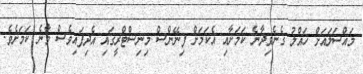
މައްސަލައަށް ހައްލު ގެނެވިދާނެ ކަމަށާއި އެކަމަށް ފިނޭންސް މިނިސްޓްރީގައި އެދިފައިވެސް ވާނެ ކަމަށެވެ.